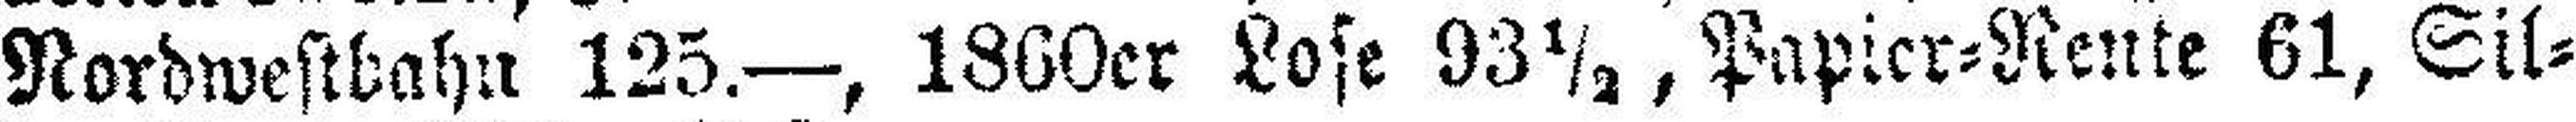
Nordwestbahn 125.—, 1860er Lose 93½, Papier=Rente 61, Sil¬